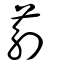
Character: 葪